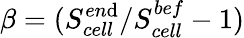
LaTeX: \beta=(S_{cell}^{en\mathrm{d}}/S_{cell}^{bef}-1)